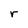
Character: r